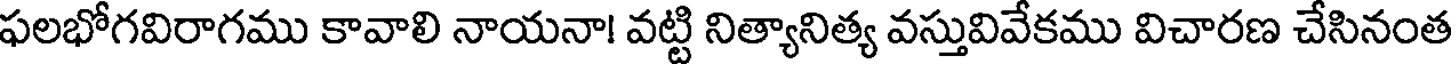
ఫలభోగవిరాగము కావాలి నాయనా! వట్టి నిత్యానిత్య వస్తువివేకము విచారణ చేసినంత